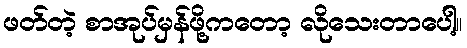
ဖတ်တဲ့ စာအုပ်မှန်ဖို့ကတော့ လိုသေးတာပေါ့။